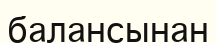
балансынан